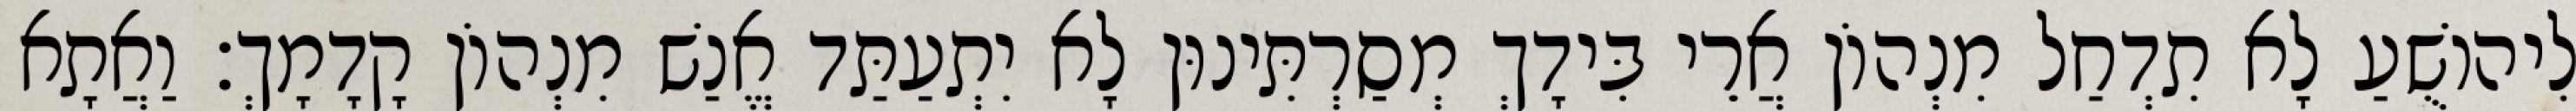
לִיהוֹשֻׁעַ לָא תִדְחַל מִנְהוֹן אֲרֵי בִּידָךְ מְסַרְתִּינוּן לָא יִתְעַתַּד אֱנַשׁ מִנְהוֹן קָדָמָךְ׃ וַאֲתָא